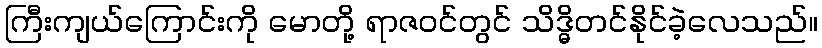
ကြီးကျယ်ကြောင်းကို မောတို့ ရာဇဝင်တွင် သိဒ္ဓိတင်နိုင်ခဲ့လေသည်။